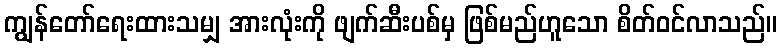
ကျွန်တော်ရေးထားသမျှ အားလုံးကို ဖျက်ဆီးပစ်မှ ဖြစ်မည်ဟူသော စိတ်ဝင်လာသည်။